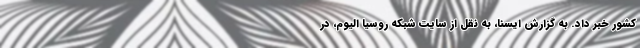
کشور خبر داد. به گزارش ایسنا، به نقل از سایت شبکه روسیا الیوم، در